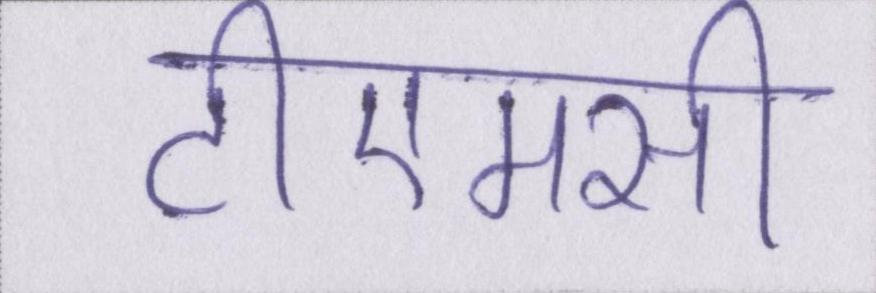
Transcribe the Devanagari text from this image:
टीएमसी